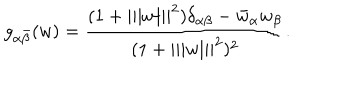
g _ { \alpha \bar { \beta } } ( w ) = { \frac { ( 1 + | | | w | | | ^ { 2 } ) \delta _ { \alpha \beta } - \bar { w } _ { \alpha } w _ { \beta } } { ( 1 + | | | w | | | ^ { 2 } ) ^ { 2 } } } .